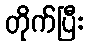
တိုက်ပြီး